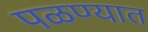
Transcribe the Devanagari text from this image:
पळण्यात